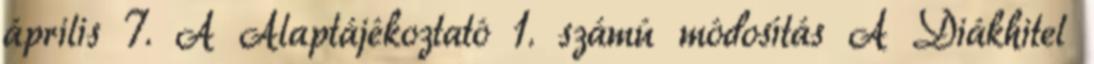
április 7. A Alaptájékoztató 1. számú módosítás A Diákhitel